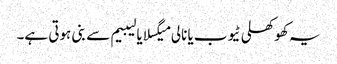
یہ کھوکھلی ٹیوب یا نالی میگسلا یا لیبیم سے بنی ہوتی ہے۔